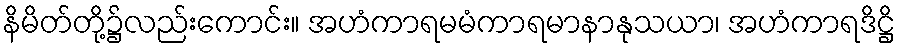
နိမိတ်တို့၌လည်းကောင်း။ အဟံကာရမမံကာရမာနာနုသယာ၊ အဟံကာရဒိဋ္ဌိ